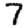
Digit: 7